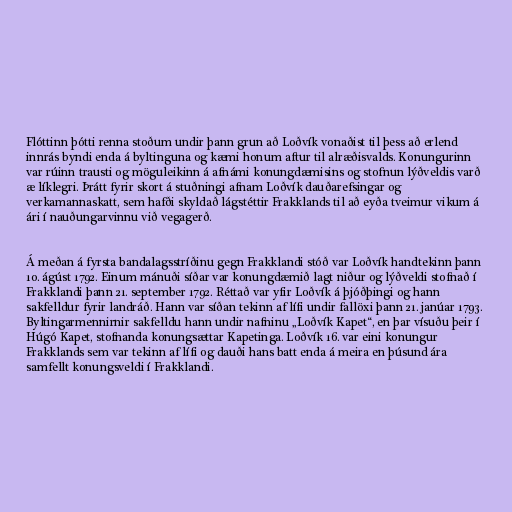
Flóttinn þótti renna stoðum undir þann grun að Loðvík vonaðist til þess að erlend
innrás byndi enda á byltinguna og kæmi honum aftur til alræðisvalds. Konungurinn
var rúinn trausti og möguleikinn á afnámi konungdæmisins og stofnun lýðveldis varð
æ líklegri. Þrátt fyrir skort á stuðningi afnam Loðvík dauðarefsingar og
verkamannaskatt, sem hafði skyldað lágstéttir Frakklands til að eyða tveimur vikum á
ári í nauðungarvinnu við vegagerð.

Á meðan á fyrsta bandalagsstríðinu gegn Frakklandi stóð var Loðvík handtekinn þann
10. ágúst 1792. Einum mánuði síðar var konungdæmið lagt niður og lýðveldi stofnað í
Frakklandi þann 21. september 1792. Réttað var yfir Loðvík á þjóðþingi og hann
sakfelldur fyrir landráð. Hann var síðan tekinn af lífi undir fallöxi þann 21. janúar 1793.
Byltingarmennirnir sakfelldu hann undir nafninu „Loðvík Kapet“, en þar vísuðu þeir í
Húgó Kapet, stofnanda konungsættar Kapetinga. Loðvík 16. var eini konungur
Frakklands sem var tekinn af lífi og dauði hans batt enda á meira en þúsund ára
samfellt konungsveldi í Frakklandi.